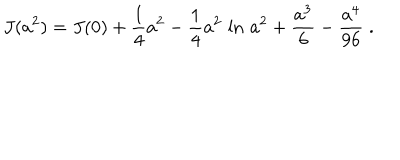
J ( a ^ { 2 } ) = J ( 0 ) + { \frac { 1 } { 4 } } a ^ { 2 } - { \frac { 1 } { 4 } } a ^ { 2 } \, \ln \, a ^ { 2 } + { \frac { a ^ { 3 } } { 6 } } - { \frac { a ^ { 4 } } { 9 6 } } \; .